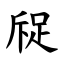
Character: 䟟